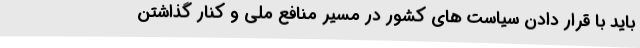
باید با قرار دادن سیاست های کشور در مسیر منافع ملی و کنار گذاشتن